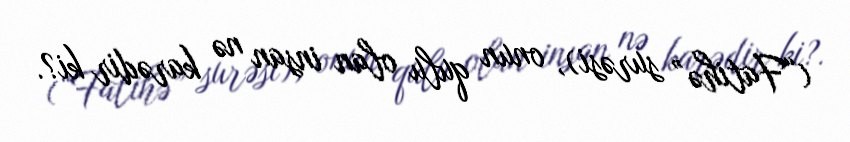
(“Fatihə” surəsi), onun qulu olan insan nə karədir ki?.